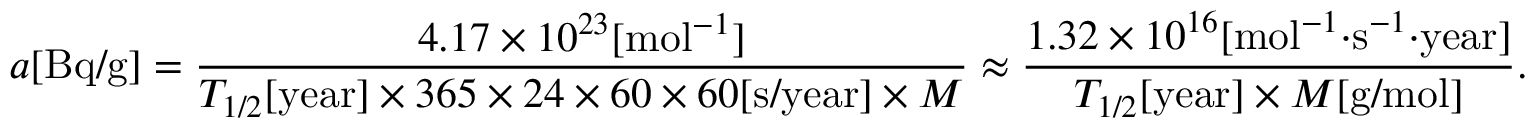
a [ { \mathrm { B q / g } } ] = { \frac { 4 . 1 7 \times 1 0 ^ { 2 3 } [ { \mathrm { m o l } } ^ { - 1 } ] } { T _ { 1 / 2 } [ { \mathrm { y e a r } } ] \times 3 6 5 \times 2 4 \times 6 0 \times 6 0 [ { \mathrm { s / y e a r } } ] \times M } } \approx { \frac { 1 . 3 2 \times 1 0 ^ { 1 6 } [ { \mathrm { m o l } } ^ { - 1 } { \cdot } { \mathrm { s } } ^ { - 1 } { \cdot } { \mathrm { y e a r } } ] } { T _ { 1 / 2 } [ { \mathrm { y e a r } } ] \times M [ { \mathrm { g / m o l } } ] } } .